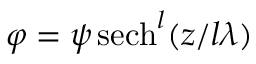
\varphi = \psi { \, \mathrm { s e c h } } ^ { l } ( z / l \lambda )